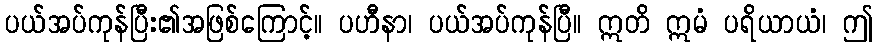
ပယ်အပ်ကုန်ပြီး၏အဖြစ်ကြောင့်။ ပဟီနာ၊ ပယ်အပ်ကုန်ပြီ။ ဣတိ ဣမံ ပရိယာယံ၊ ဤ